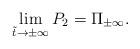
LaTeX: \begin{align*}\lim_{\tilde{t}\to\pm\infty}P_2 = \Pi_{\pm\infty}.\end{align*}